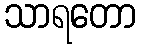
သာရတော